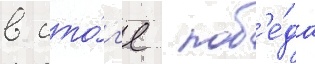
в ито́г'е  поб'е́да